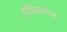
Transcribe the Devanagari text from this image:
सौंधेकरांस